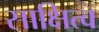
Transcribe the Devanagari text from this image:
साक्षित्व